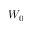
W _ { 0 }